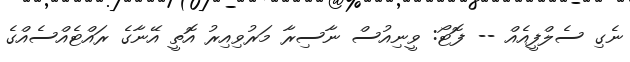
ނެގި ސެލްފީއެއް -- ފޮޓޯ: ވީނިއުސް ނާސިރާ މަރުވިއިރު އޮތީ އޭނާގެ ރައްޓެއްސެއްގެ